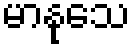
မာနုသေ